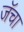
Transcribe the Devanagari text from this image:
जॅचा